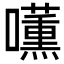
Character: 𭌧